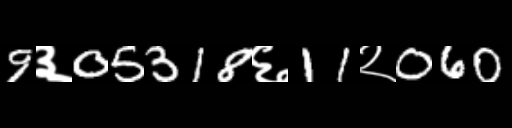
Text: 9३05318६11२060